General report no. 6 on the lunatic asylums, vaccination and dispensaries in the Bengal Presidency, 1873 -
Year: 1873
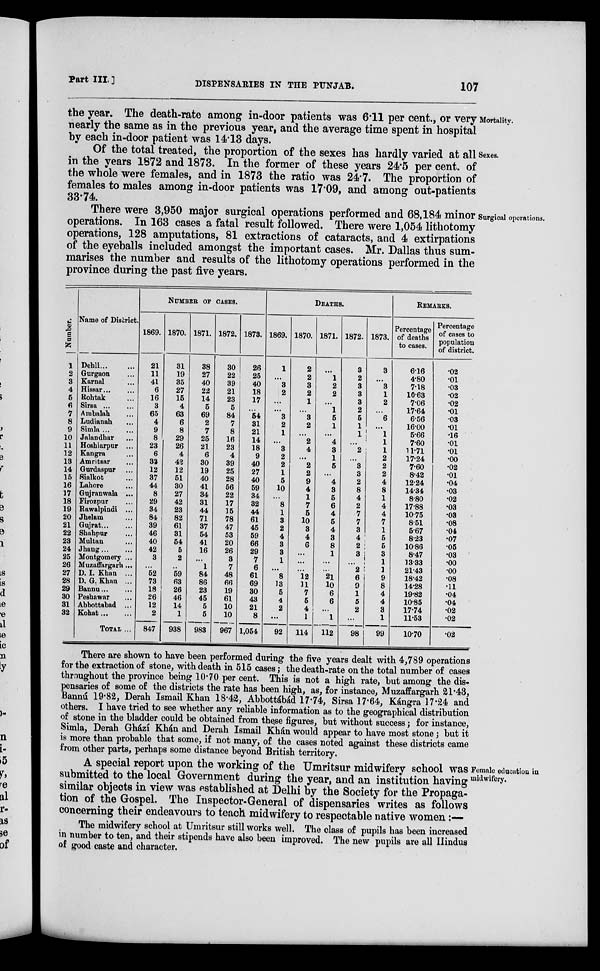
Part III. ]
DISPENSARIES IN THE PUNJAB.
107
Mortality.
the year. The death-rate among in-door patients was 6.11 per cent., or very
nearly the same as in the previous year, and the average time spent in hospital
by each in-door patient was 14.13 days.
Sexes.
Of the total treated, the proportion of the sexes has hardly varied at all
in the years 1872 and 1873. In the former of these years 24.5 per cent. of
the whole were females, and in 1873 the ratio was 24.7. The proportion of
females to males among in-door patients was 17.09, and among out-patients
33.74
Surgical operations.
There were 3,950 major surgical operations performed and 68,184 minor
operations. In 163 cases a fatal result followed. There were 1,054 lithotomy
operations, 128 amputations, 81 extractions of cataracts, and 4 extirpations
of the eyeballs included amongst the important cases. Mr. Dallas thus sum-
marises the number and results of the lithotomy operations performed in the
province during the past five years.
Number.
1
2
3
4
5
6
7
8
9
10
11
12
18
14
15
16
17
18
19
20
21
22
23
24
25
26
27
28
29
30
31
32
Name of District.
Dehli ... ...
Gurgaon ...
Karnal ...
Hissar... ..
Rohtak ...
Sirsa
...
...
Ambalah ...
Ludianah ...
Simla ... ...
Jalandhar ...
Hoshiarpur ...
Kangra...
Amritsar...
Gurdaspur...
Sialkot...
Lahore...
Gujranwala ...
Firozpur...
Rawalpindi ...
Jhelam...
Gujrat...
Shahpur...
Multan...
Jhang ... ...
Montgomery ...
Muzaffargarh...
D. I. Khan ...
D. G. Khan ...
Bannu ... ...
Peshawar ...
Abbottabad ...
Kohat ... ...
TOTAL ...
NUMBER OF CASES.
1869.
21
11
41
6
16
3
65
4
9
8
23
6
32
12
37
44
8
29
34
84
39
46
40
42
3
...
52
73
18
26
12
2
847
1870.
31
19
35
27
15
4
63
6
8
29
26
4
42
12
51
30
27
42
23
82
61
31
54
5
2
..
59
63
26
46
14
1
938
1871.
38
27
40
22
14
5
69
2
7
25
21
6
30
19
40
41
34
31
44
71
37
54
41
16
...
1
84
86
23
45
5
5
983
1872.
30
22
39
21
23
5
84
7
8
16
23
4
39
25
28
56
22
17
15
78
47
53
20
26
3
7
48
66
19
61
10
10
967
1873.
26
25
40
18
17
...
54
31
21
14
18
9
40
27
40
59
34
32
44
61
45
59
66
29
7
6
61
69
30
43
21
8
1,054
DEATHS.
1869.
1
...
3
2
...
...
3
2
1
...
3
2
2
1
5
10
...
8
1
3
2
4
3
3
1
...
8
13
5
4
2
...
92
1870.
2
2
3
2
1
...
3
2
...
2
4
...
2
2
9
4
1
7
5
10
3
4
6
...
...
...
12
11
7
5
4
1
114
1871.
...
1
2
2
...
1
5
1
...
4
3
1
5
...
4
3
5
6
4
5
4
3
8
1
...
...
21
10
6
6
...
1
112
1872.
3
2
3
3
3
2
5
1
1
...
2
...
3
3
2
8
4
2
7
7
3
4
2
3
...
2
6
9
1
5
2
...
98
1873.
3
...
3
1
2
...
6
...
1
1
1
2
2
2
4
8
1
4
4
7
1
5
5
3
1
1
9
8
4
4
3
1
99
REMARKS.
Percentage
of deaths
to cases.
6.16
4.80
7.18
10.63
7.06
17.64
6.56
16.00
5.66
7.60
11.71
17.24
7.60
8.42
12.24
14.34
8.80
17.88
1075
8.51
5.67
8.23
10.86
8.47
13.33
21.43
18.42
14.28
19.82
10.85
17.74
11.53
10.70
Percentage
of cases to
population
of district.
.02
.01
.03
.02
.02
.01
.03
.01
.16
.01
.01
.00
.02
.01
.04
.03
.02
.03
.03
.08
.04
.07
.05
.03
.00
.00
.08
.11
.04
..4
.02
.02
.02
There are shown to have been performed during the five years dealt with 4,789 operations
for the extraction of stone, with death in 515 cases; the death-rate on the total number of cases
throughout the province being 10.70 per cent. This is not a high rate, but among the dis-
pensaries of some of the districts the rate has been high, as, for instance, Muzaffargarh 21.43,
Bannu 19.82, Derah Ismail Khan 18.42, Abbottábád 17.74, Sirsa 17.64, Kángra 17.24 and
others. I have tried to see whether any reliable information as to the geographical distribution
of stone in the bladder could be obtained from these figures, but without success; for instance,
Simla, Derah Gházi Khán and Derah Ismail Khán would appear to have most stone; but it
is more than probable that some, if not many, of the cases noted against these districts came
from other parts, perhaps some distance beyond British territory.
Female education in
midwifery.
A special report upon the working of the Umritsur midwifery school was
submitted to the local Government during the year, and an institution having
similar objects in view was established at Delhi by the Society for the Propaga-
tion of the Gospel. The Inspector-General of dispensaries writes as follows
concerning their endeavours to teach midwifery to respectable native women :—
The midwifery school at Umritsur still works well. The class of pupils has been increased
in number to ten, and their stipends have also been improved. The new pupils are all Hindus
of good caste and character.